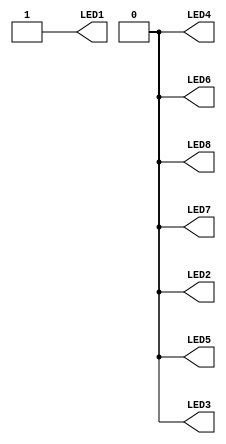
module setbit(
  output LED1,
  output LED2,
  output LED3,
  output LED4,
  output LED5,
  output LED6,
  output LED7,
  output LED8
);

wire LED1;
wire LED2;
wire LED3;
wire LED4;
wire LED5;
wire LED6;
wire LED7;
wire LED8;

	//-- Implementacion: el pin deseado esta cableado a '1'
  //                   los demas estan cableados a '0'
  assign LED1 = 1;
  assign LED2 = 0;
  assign LED3 = 0;
  assign LED4 = 0;
  assign LED5 = 0;
  assign LED6 = 0;
  assign LED7 = 0;
  assign LED8 = 0;

endmodule